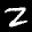
Label: 2